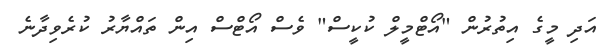
އަދި މީގެ އިތުރުން "އޯޓްމީލް ކުކީސް" ވެސް އޯޓްސް އިން ތައްޔާރު ކުރެވިދާނެ